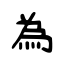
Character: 為